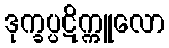
ဒုက္ခပ္ပဋိက္ကူလော